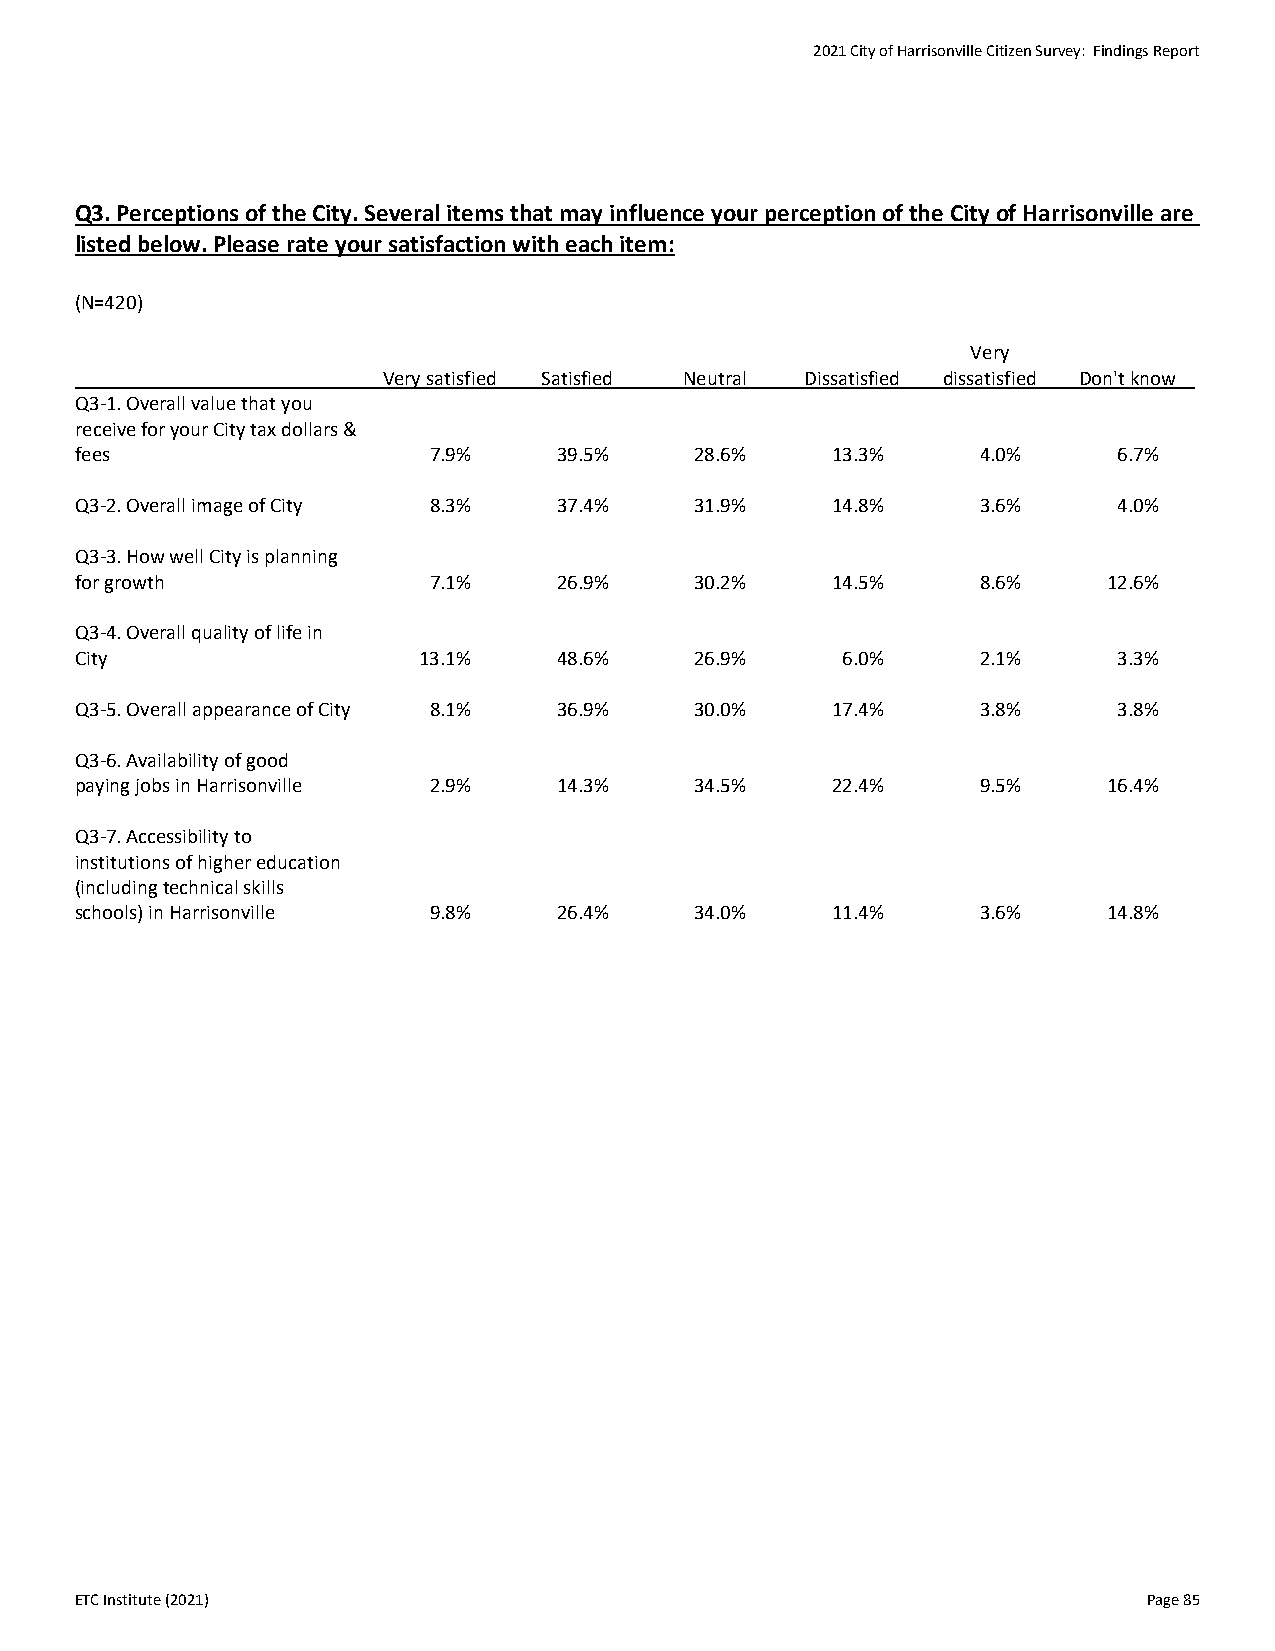
2021 City of Harrisonville Citizen Survey: Findings Report
 Q3. Perceptions of the City. Several items that may influence your perception of the City of Harrisonville are
 listed below. Please rate your satisfaction with each item:
 (N=420)
 Very
 Very satisfied Satisfied Neutral Dissatisfied dissatisfied Don't know
 Q3-1. Overall value that you
 receive for your City tax dollars &
 fees                   7.9%     39.5%    28.6%    13.3%     4.0%     6.7%
 Q3-2. Overall image of City 8.3% 37.4%   31.9%    14.8%     3.6%     4.0%
 Q3-3. How well City is planning
 for growth             7.1%     26.9%    30.2%    14.5%     8.6%    12.6%
 Q3-4. Overall quality of life in
 City                   13.1%    48.6%    26.9%     6.0%     2.1%     3.3%
 Q3-5. Overall appearance of City 8.1% 36.9% 30.0% 17.4%     3.8%     3.8%
 Q3-6. Availability of good
 paying jobs in Harrisonville 2.9% 14.3%  34.5%    22.4%     9.5%    16.4%
 Q3-7. Accessibility to
 institutions of higher education
 (including technical skills
 schools) in Harrisonville 9.8%  26.4%    34.0%    11.4%     3.6%    14.8%
 ETC Institute (2021)                                                   Page 85